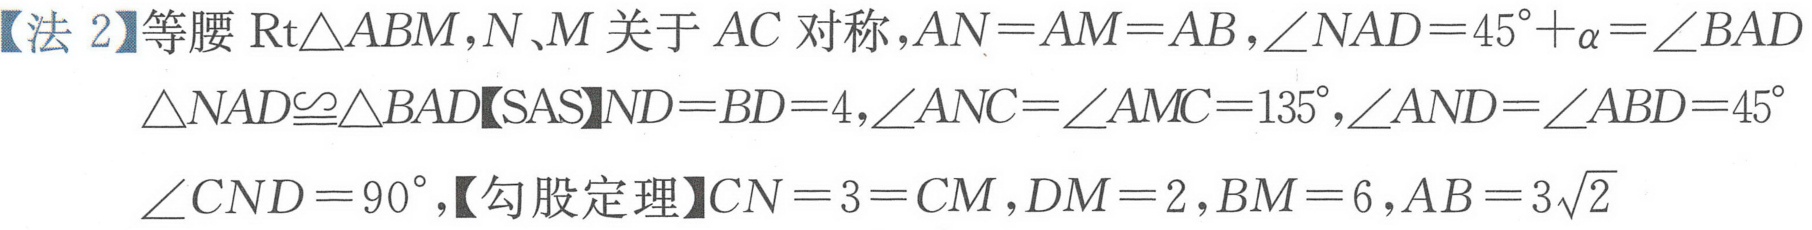
【法2】等腰\(\text{Rt}\triangle ABM\)，\(N、M\)关于\(AC\)对称，\(AN = AM = AB\)，\(\angle NAD = 45^{\circ}+\alpha=\angle BAD\)
\(\triangle NAD\cong\triangle BAD\)【SAS】\(ND = BD = 4\)，\(\angle ANC=\angle AMC = 135^{\circ}\)，\(\angle AND=\angle ABD = 45^{\circ}\)
\(\angle CND = 90^{\circ}\)，【勾股定理】\(CN = 3 = CM\)，\(DM = 2\)，\(BM = 6\)，\(AB = 3\sqrt{2}\)